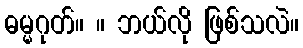
ဓမ္မဂုတ်။ ။ ဘယ်လို ဖြစ်သလဲ။